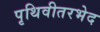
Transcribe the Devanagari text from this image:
पृथिवीतरभेद